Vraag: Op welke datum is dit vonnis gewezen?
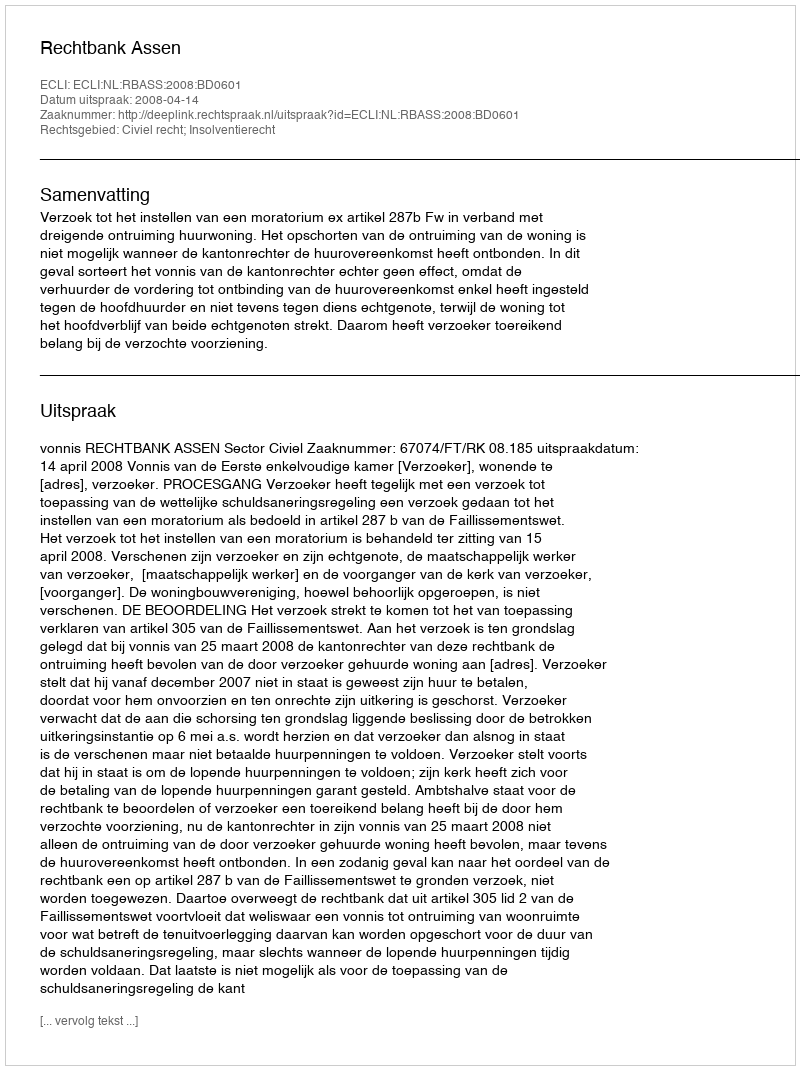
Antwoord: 2008-04-14